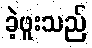
ခဲ့ဖူးသည်